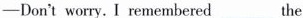
—Don't worry. I remembered___ the